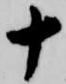
十